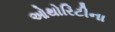
ઓથોરિટીના